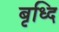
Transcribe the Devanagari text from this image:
बृध्दि